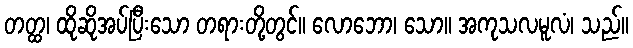
တတ္ထ၊ ထိုဆိုအပ်ပြီးသော တရားတို့တွင်။ လောဘော၊ သော။ အကုသလမူလံ၊ သည်။